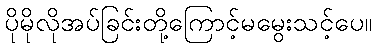
ပိုမိုလိုအပ်ခြင်းတို့ကြောင့်မမွေးသင့်ပေ။